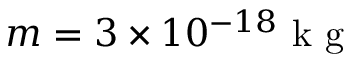
m = 3 \times 1 0 ^ { - 1 8 } \mathrm { ~ k ~ g ~ }